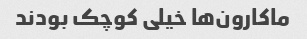
ماکارون‌ها خیلی کوچک بودند